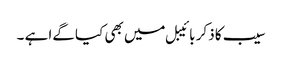
سیب کا ذکر بائیبل میں بھی کیا گےا ہے ۔